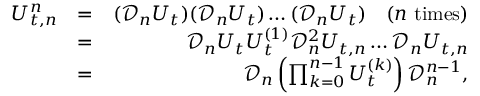
\begin{array} { r l r } { U _ { t , n } ^ { n } } & { = } & { ( \mathcal { D } _ { n } U _ { t } ) ( \mathcal { D } _ { n } U _ { t } ) \ldots ( \mathcal { D } _ { n } U _ { t } ) \quad ( n \mathrm { ~ t i m e s } ) } \\ & { = } & { \mathcal { D } _ { n } U _ { t } U _ { t } ^ { ( 1 ) } \mathcal { D } _ { n } ^ { 2 } U _ { t , n } \ldots \mathcal { D } _ { n } U _ { t , n } } \\ & { = } & { \mathcal { D } _ { n } \left( \prod _ { k = 0 } ^ { n - 1 } U _ { t } ^ { ( k ) } \right) \mathcal { D } _ { n } ^ { n - 1 } , } \end{array}